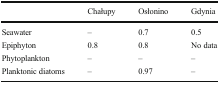
|  | Chałupy | Osłonino | Gdynia |
 | --- | --- | --- | --- |
 | Seawater | – | 0.7 | 0.5 |
 | Epiphyton | 0.8 | 0.8 | No data |
 | Phytoplankton | – | – | – |
 | Planktonic diatoms | – | 0.97 | – |